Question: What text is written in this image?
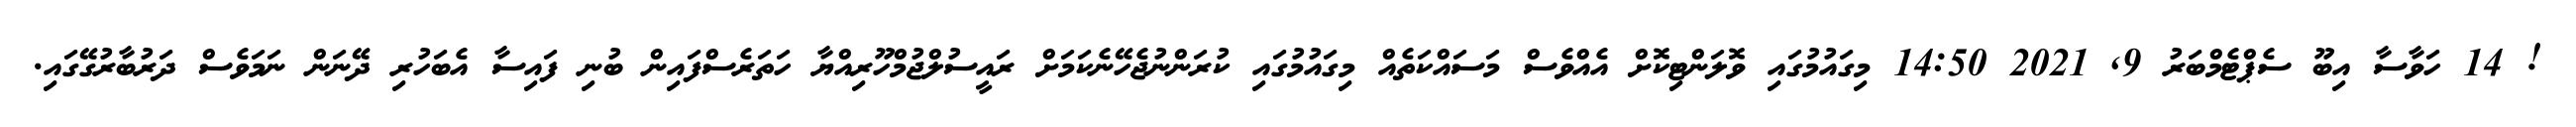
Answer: ! 14 ހަވާސާ އިބޫ ސެޕްޓެމްބަރު 9, 2021 14:50 މިގައުމުގައި ވޮލަންޓިކޮށް އެއްވެސް މަސައްކަތެއް މިގައުމުގައި ކުރަންނުޖެހޭނެކަމަށް ރައީސުލްޖުމްހޫރިއްޔާ ހަތަރެސްފައިން ބުނި ފައިސާ އެބަހުރި ދޭނަން ނަމަވެސް ދަރުބާރުގޭގައި.